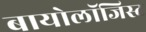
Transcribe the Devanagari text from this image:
बायोलॉजिस्ट